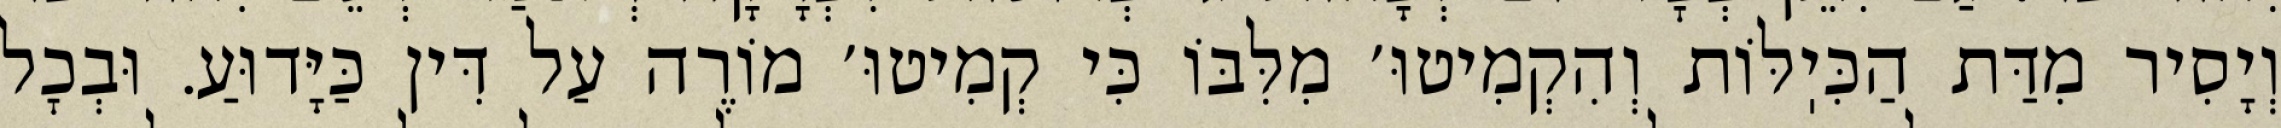
וְיָסִיר מִדַּת הַכִּיֽלּוֹת וְהִקְמִיטוּ׳ מִלִּבּוֹ כִּי קְמִיטוּ׳ מוֹרֶה עַל דִּין כַּיָּדוּעַ. וּבְכׇל